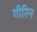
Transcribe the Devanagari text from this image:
गीरिन